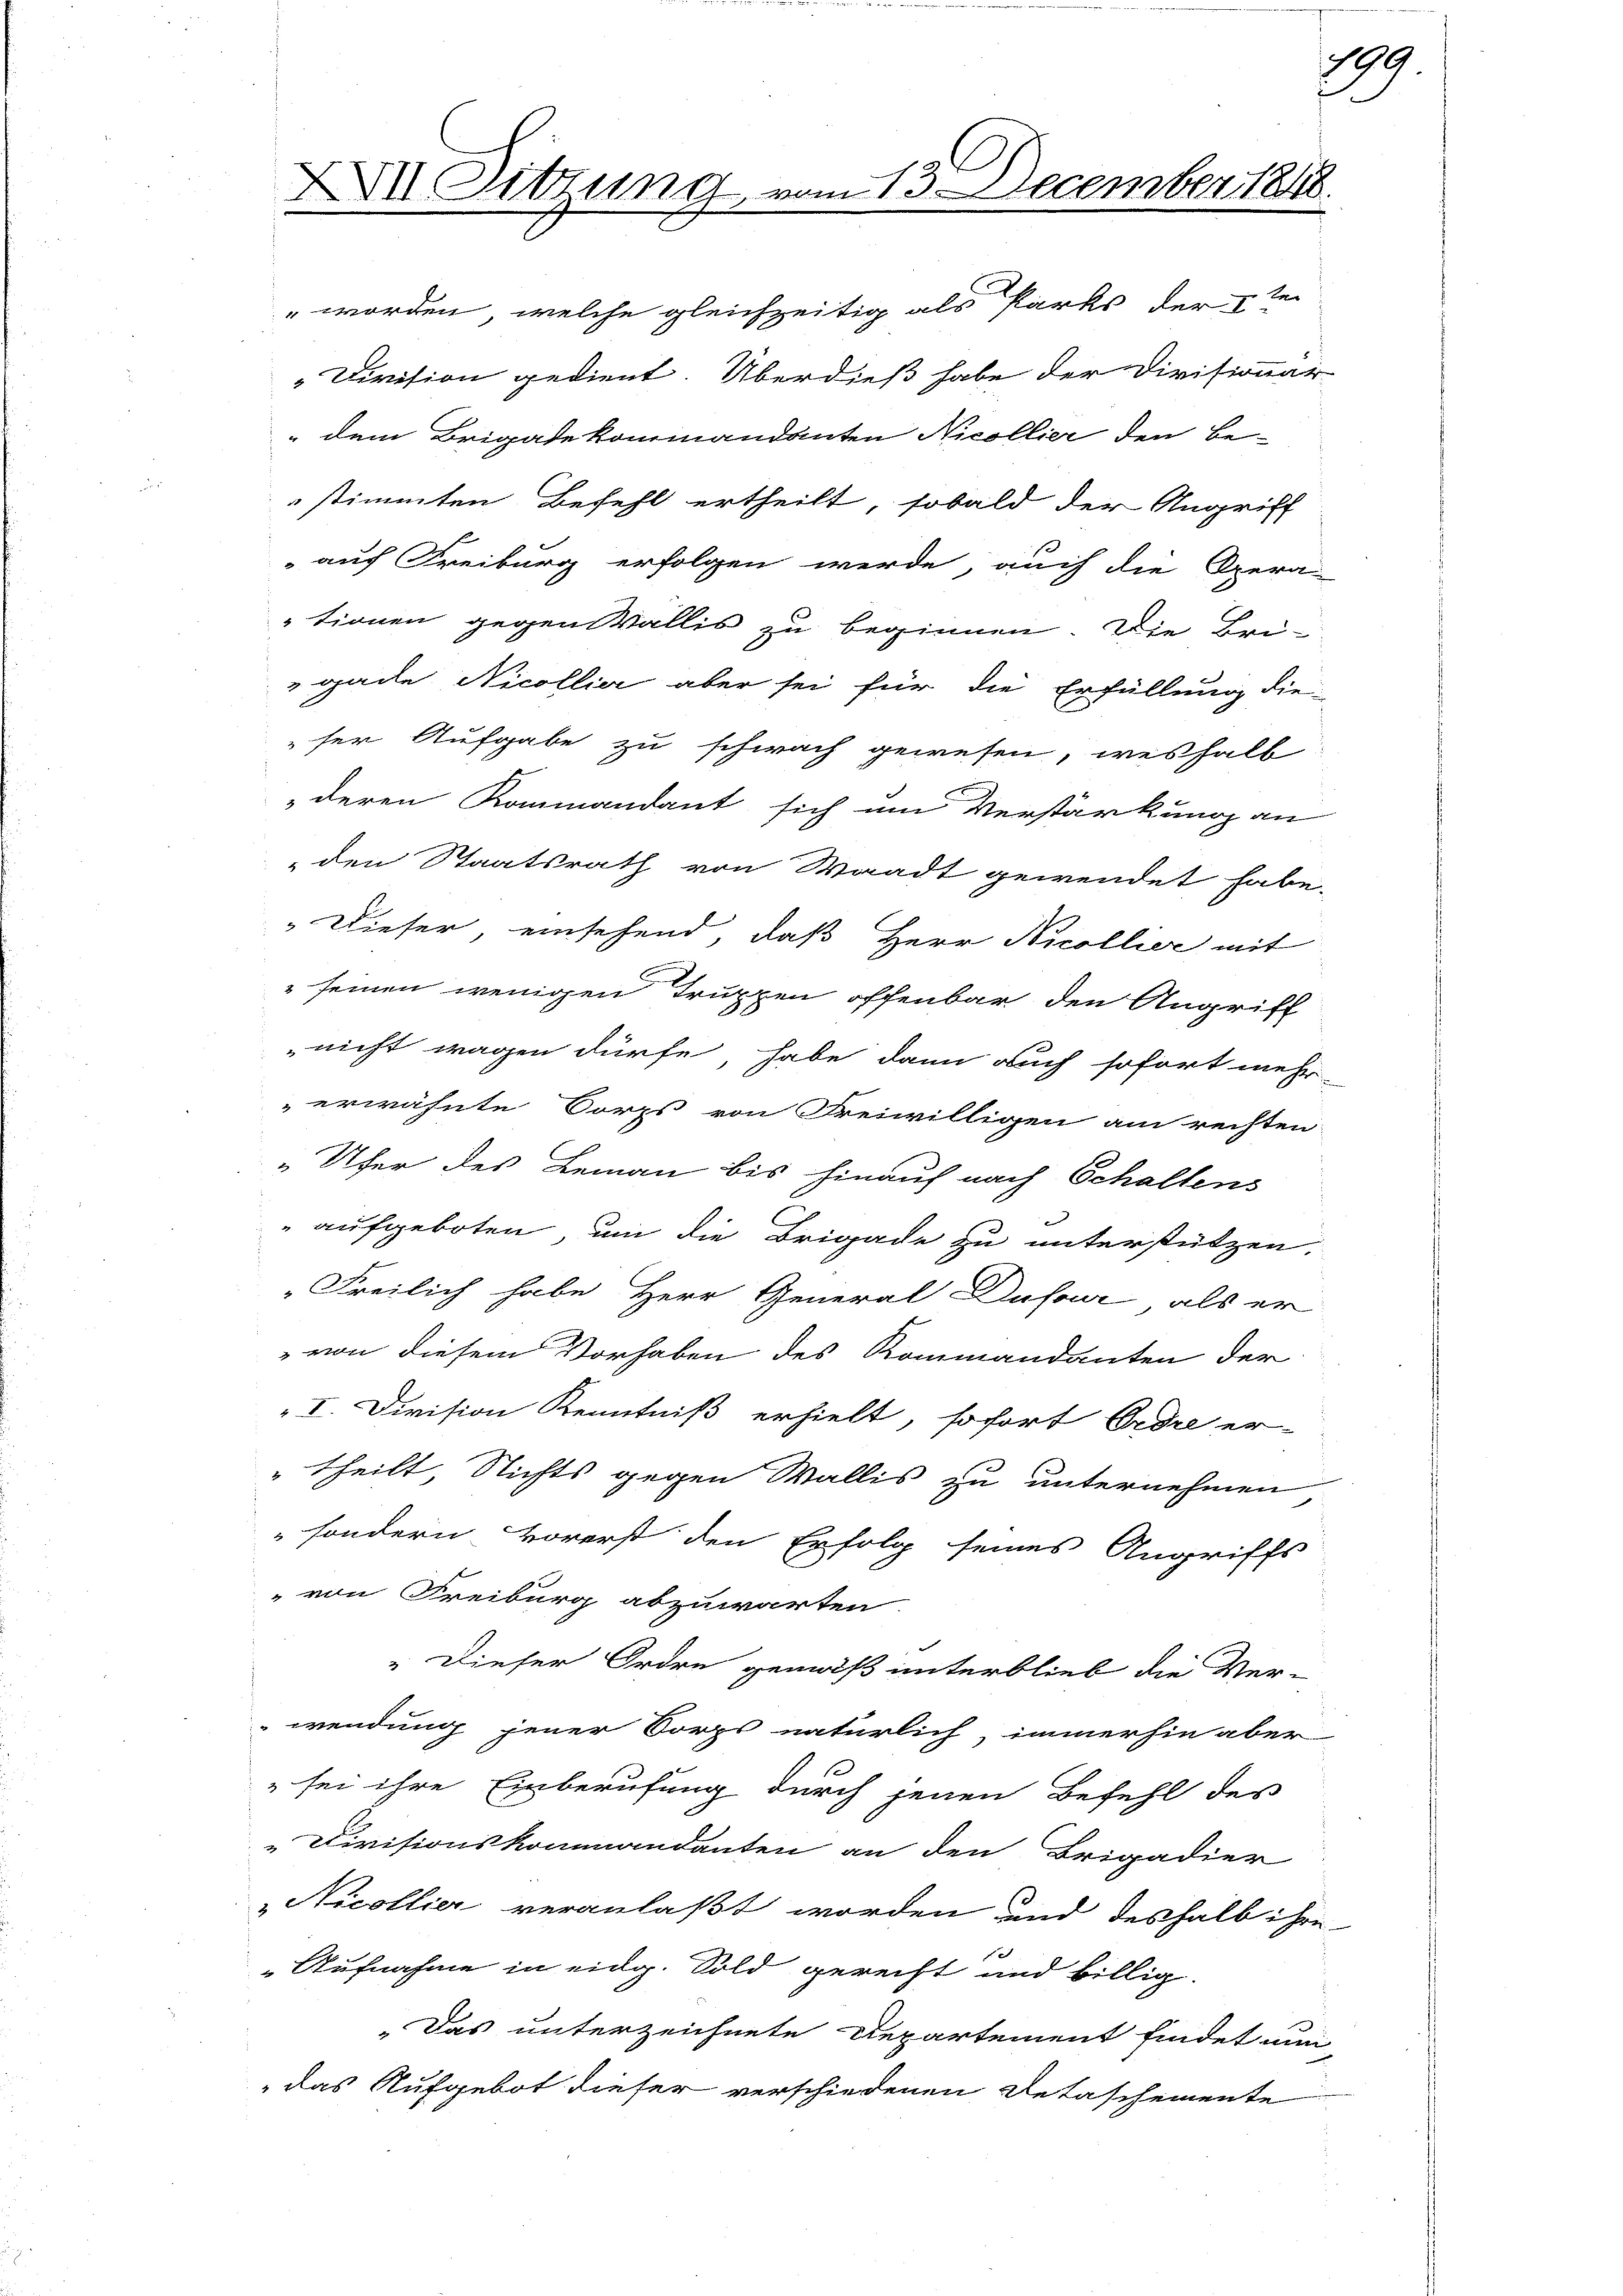
XVII Sitzung, vom 13. December 1848.
.

te
" worden, welche gleichzeitig als Parks der
Division gedient. Überdieß habe der Divisionar
" dem Brigadekommandanten Nicollier den Be-
stimmten Befehl ertheilt, sobald der Angriff
auf Freiburg erfolgen werde, auch die Opera-
tionen gegen Wallis zu beginnen. Die Bri-
gade Nicollier aber sei für die Erfüllung die
ser Aufgabe zu schwach gewesen, weshalb
deren Kommandant sich um Verstärkung an
den Staatsrath von Waadt gewendet habe.
" Dieser, einsehend, daß Herr Nicollier mit
 seinen wenigen Truppen offenbar den Angriff
nicht wagen dürfe, habe dann auch sofort mehr
erwähnte Corps von Freiwilligen am rechten
„Ufer des Lemann bis hinauf nach Schaltens
" aufgeboten, um die Brigade zu unterstützen,
Freilich habe Herr General Dufour, als er
 von diesem Vorhaben des Kommandanten der
I. Division Kenntniß erhielt, sofort Erdre er-
"theilt, Nichts gegen Wallis zu unternehmen
sondern vorerst den Erfolg seines Angriffs-
" von Freiburg abzuwarten.
" Dieser Ordre gemäß unterblieb die Ver-
wendung jener Corps natürlich, immerhin aber
" sei ihre Einberufung durch jenen Befehl des
Divisionskommandanten an den Brigadier
Nicollier veranlaßt worden und deshalb ihre
Aufnahme in eidg. Sold gerecht und billig.
„Das unterzeichnete Repartement findet nun
das Aufgebot dieser verschiedenen Detaschemente

289